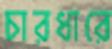
চারধারে